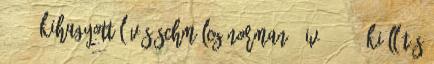
01:40 Kihagyott lövés Schmölcz Norman 6 IV. 01:40 Kiállítás